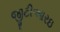
જીટીઆરઇ